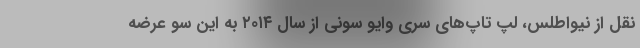
نقل از نیواطلس، لپ تاپ‌های سری وایو سونی از سال ۲۰۱۴ به این سو عرضه